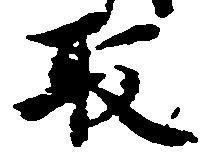
取